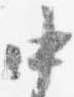
中